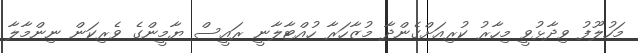
މަހުލޫފު ވިދާޅުވީ މިހާރު ކުރިއަށްގެންދާ މުޒާހަރާ ހުއްޓާލާނީ ރައީސް ޔާމީންގެ ވެރިކަން ނިންމާލާ